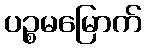
ပဉ္စမမြောက်